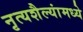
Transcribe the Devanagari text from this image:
नृत्यशैल्यांमध्ये